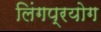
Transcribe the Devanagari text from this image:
लिंगप्रयोग